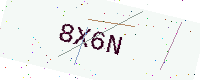
Text: 8X6N